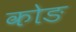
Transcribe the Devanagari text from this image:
कोङ